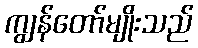
ကျွန်တော်မျိုးသည်